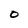
Character: O